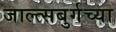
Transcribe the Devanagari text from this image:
जाल्त्सबुर्गच्या